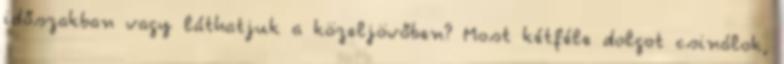
időszakban vagy láthatjuk a közeljövőben? Most kétféle dolgot csinálok,